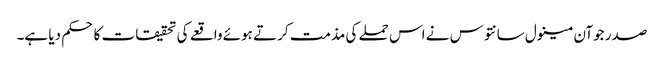
صدر جوآن مینول سانتوس نے اس حملے کی مذمت کرتے ہوئے واقعے کی تحقیقات کا حکم دیا ہے۔